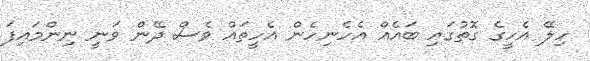
ހިލޭ އެހީގެ ގޮތުގައި ބައެއް އެހެނިހެން އެހީތައް ވެސް ދޭން ވަނީ ނިންމައިފަ